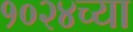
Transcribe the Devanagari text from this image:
१०२४च्या